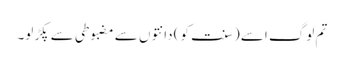
تم لوگ اسے (سنت کو) دانتوں سے مضبوطی سے پکڑ لو۔